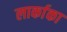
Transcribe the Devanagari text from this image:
लार्काका